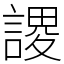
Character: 謖